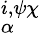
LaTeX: ^{i,\psi\chi}_{\alpha}